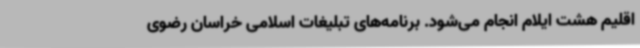
اقلیم هشت ایلام انجام می‌شود. برنامه‌های تبلیغات اسلامی خراسان رضوی